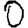
Digit: 0